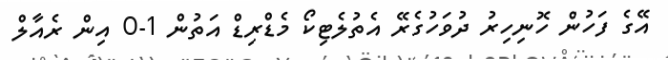
އޭގެ ފަހުން ހޮނިހިރު ދުވަހުގެރޭ އެތުލެޓިކޯ މެޑްރިޑް އަތުން 1-0 އިން ރެއާލް